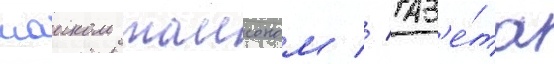
маиком таисоном // Газ'е́та